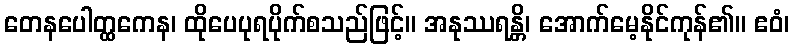
တေနပေါတ္ထကေန၊ ထိုပေပုရပိုက်စသည်ဖြင့်။ အနုဿရန္တိ၊ အောက်မေ့နိုင်ကုန်၏။ ဧဝံ၊